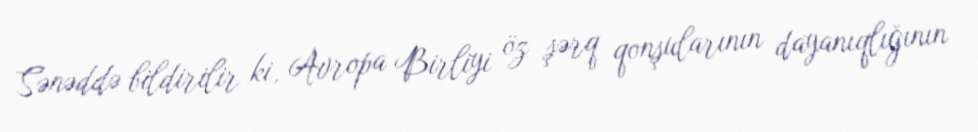
Sənəddə bildirilir ki, Avropa Birliyi öz şərq qonşularının dayanıqlığının